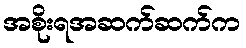
အစိုးရအဆက်ဆက်က